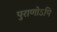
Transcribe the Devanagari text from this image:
पुराणोऽपि